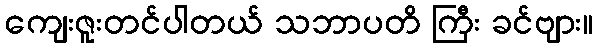
ကျေးဇူးတင်ပါတယ် သဘာပတိ ကြီး ခင်ဗျား။